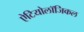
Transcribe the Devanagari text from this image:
ऐटियोलॉजिकल